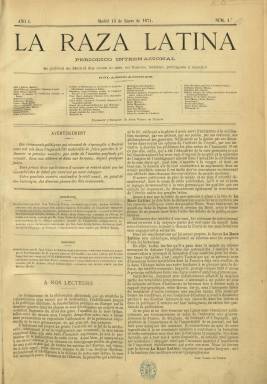
Título: La Raza latina (Madrid. 1874)
Colección: Periódicos
Ámbito geográfico: Madrid
Lugar de publicación: Madrid
Fechas: 15/01/1874-01/12/1884

Periódico “internacional” y plurilingüe, fundado y dirigido por el escritor y periodista Juan Valero de Tornos (1842-1905), que se publicará en Madrid, a partir del 15 de enero de 1874, con una periodicidad quincenal y con textos, sobre todo en francés, pero también en italiano, portugués y español, tal como se indica en su cabecera, es decir en lenguas románicas. De tendencia católica y monárquica, favorable de la restauración borbónica, será considerado como el de mayor envergadura intelectual de cuantos editó Valero de Tornos, que lo presentará como baluarte de propagación de la idea de “raza” latina, en oposición a “las corrientes que la fuerza y la ambición de la raza germana pudieran llegar a establecer”, tal como señala en el artículo de presentación de la revista, que se verá impregnada de una destacada francofilia tras la guerra franco-prusiana.

Su primer editorial será el discurso que, en noviembre de 1870, había pronunciado Antonio Cánovas del Castillo para acceder a la presidencia del Ateneo de Madrid. Entre sus primeros textos aparecen sus principales artículos o ensayos doctrinales sobre la “raza” y Valero de Tornos será el autor de la Revista de política interior o crónica española. Se estructurará en tres grandes secciones, la parte Editorial o Doctrinal, la Literaria y la de Colaboraciones, y en ellas da cabida a una serie de subsecciones, como Revista de política interior y Revista extranjera, Movimiento intelectual de la quincena y Movimiento bibliográfico, La España contemporánea ante el extranjero o Revista financiera. Además de artículos y ensayos, ofrecerá una revista teatral y en su sección Literaria, composiciones en verso. A partir de su número 133, de treinta de septiembre de 1879, pasará a subtitularse “revista política, científica y literaria”, y publicará también artículos sobre historia, de derecho político y filosofía.

En su amplio cuadro de colaboradores extranjeros se encontrarán el político saboyano y obispo de Orleans, Félix Dupanloup (1802-1878) o el político francés Jules Favre (1809-1880), así como Víctor Hugo, León Gambetta, Edmond About y Emile Girardin, y otros periodistas, escritores, profesores y políticos de nacionalidad francesa y algún belga. Entre los españoles están el jurista y político Juan Martín Carramolino (1805-1881) y el escritor Antonio Alcalá Galiano (1842-1902), así como Hilario Abad y Aparicio, José Castro y Serrano, Manuel Ossorio y Bernard (encargado de la parte bibliográfica), Gaspar Núñez de Arce, Juan Eugenio Hartzenbusch, Juan López Serrano, Ramón de Campoamor, Juan Valera, Emilio Castelar, Antonio Benavides, Eduardo Cortázar, Melitón Martín, Miguel Morayta, Antonio Trueba, el marqués de Molins o Clarín (autor de las críticas teatrales), entre otros.

La revista estará dirigirá a una clase cultivada y se distribuirá en Madrid y en otras importantes capitales españolas, francesas, italianas o portuguesas, y entre ellas París, Bruselas, Ámsterdam, Roma, Florencia, Lisboa o Londres. También contará para su difusión con corresponsalías en América (México, Cuba, Puerto Rico, Santo Domingo, Venezuela, Perú, Chile, Brasil, Argentina o Uruguay), en Estados Unidos y en Filipinas.

Sus entregas fueron de dieciséis páginas, compuestas a dos columnas, y empezó a ser estampada en un excelente papel y con una esmerada tipografía en la imprenta, fundición y estereotipia de Juan Aguado. Después fue impresa en el establecimiento de Álvarez Hermanos y, por último, en la Tipografía Gutenberg. La última entrega en la colección de la Biblioteca Nacional de España es la número 212, correspondiente al uno de diciembre de 1884, pero su vida se alargaría hasta 1887, conociéndose la existencia de los cuatro primeros números de este último año.